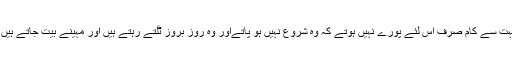
بہت سے کام صرف اس لئے پورے نہیں ہوتے کہ وہ شروع نہیں ہو پاتےاور وہ روز بروز ٹلتے رہتے ہیں اور مہینے بیت جاتے ہیں ۔